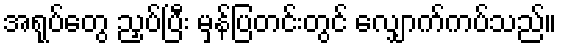
အရုပ်တွေ ညှပ်ပြီး မှန်ပြတင်းတွင် လျှောက်ကပ်သည်။